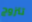
تتزوج